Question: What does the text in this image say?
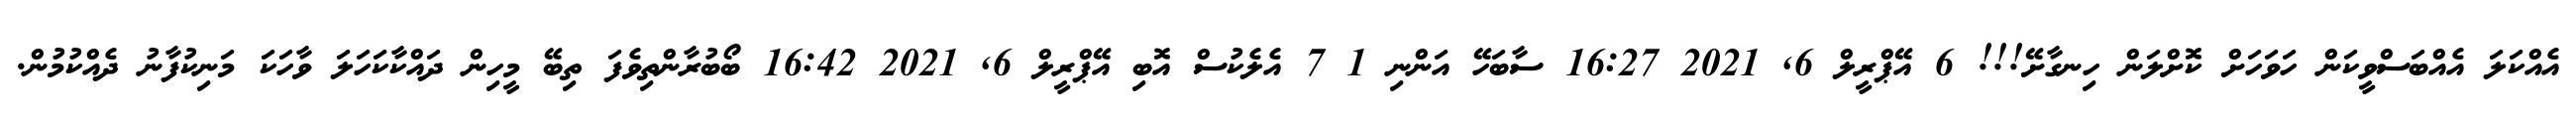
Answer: އެއްކަލަ އެއްބަސްވީކަން ހަވަހަށް ކޮށްލަން ހިނގާށޭ!!! 6 އޭޕްރީލް 6, 2021 16:27 ސާބަހޭ އަންނި 1 7 އެލެކުސް އޮބި އޭޕްރީލް 6, 2021 16:42 ބޯބުރާންތިވެފަ ތިބޭ މީހިން ދައްކާކަހަލަ ވާހަކަ މަނިކުފާނު ދެއްކުމުން.